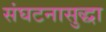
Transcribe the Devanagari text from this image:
संघटनासुद्धा